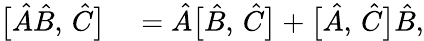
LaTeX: \begin{array}{rl}{\bigl[\hat{A}\hat{B},\, \hat{C}\bigr]}&{{}=\hat{A}\bigl[\hat{B},\, \hat{C}\bigr]+\bigl[\hat{A},\, \hat{C}\bigr]\hat{B},}\end{array}